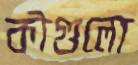
কীগুলো